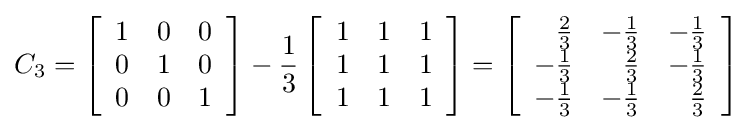
C_{3}=\left[{\begin{array}{rrr}1&0&0\\0&1&0\\0&0&1\end{array}}\right]-{\frac {1}{3}}\left[{\begin{array}{rrr}1&1&1\\1&1&1\\1&1&1\end{array}}\right]=\left[{\begin{array}{rrr}{\frac {2}{3}}&-{\frac {1}{3}}&-{\frac {1}{3}}\\-{\frac {1}{3}}&{\frac {2}{3}}&-{\frac {1}{3}}\\-{\frac {1}{3}}&-{\frac {1}{3}}&{\frac {2}{3}}\end{array}}\right]